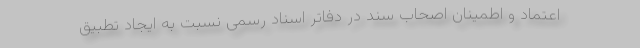
اعتماد و اطمینان اصحاب سند در دفاتر اسناد رسمی نسبت به ایجاد تطبیق